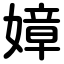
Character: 嫜